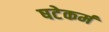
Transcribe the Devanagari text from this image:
षटेकर्म